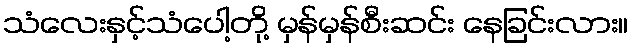
သံလေးနှင့်သံပေါ့တို့ မှန်မှန်စီးဆင်း နေခြင်းလား။